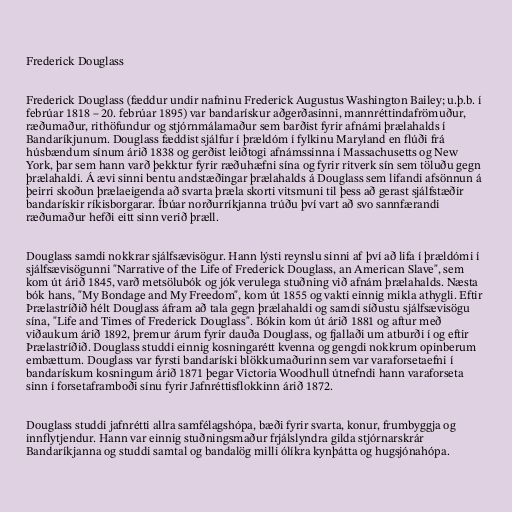
Frederick Douglass

Frederick Douglass (fæddur undir nafninu Frederick Augustus Washington Bailey; u.þ.b. í
febrúar 1818 – 20. febrúar 1895) var bandarískur aðgerðasinni, mannréttindafrömuður,
ræðumaður, rithöfundur og stjórnmálamaður sem barðist fyrir afnámi þrælahalds í
Bandaríkjunum. Douglass fæddist sjálfur í þrældóm í fylkinu Maryland en flúði frá
húsbændum sínum árið 1838 og gerðist leiðtogi afnámssinna í Massachusetts og New
York, þar sem hann varð þekktur fyrir ræðuhæfni sína og fyrir ritverk sín sem töluðu gegn
þrælahaldi. Á ævi sinni bentu andstæðingar þrælahalds á Douglass sem lifandi afsönnun á
þeirri skoðun þrælaeigenda að svarta þræla skorti vitsmuni til þess að gerast sjálfstæðir
bandarískir ríkisborgarar. Íbúar norðurríkjanna trúðu því vart að svo sannfærandi
ræðumaður hefði eitt sinn verið þræll.

Douglass samdi nokkrar sjálfsævisögur. Hann lýsti reynslu sinni af því að lifa í þrældómi í
sjálfsævisögunni "Narrative of the Life of Frederick Douglass, an American Slave", sem
kom út árið 1845, varð metsölubók og jók verulega stuðning við afnám þrælahalds. Næsta
bók hans, "My Bondage and My Freedom", kom út 1855 og vakti einnig mikla athygli. Eftir
Þrælastríðið hélt Douglass áfram að tala gegn þrælahaldi og samdi síðustu sjálfsævisögu
sína, "Life and Times of Frederick Douglass". Bókin kom út árið 1881 og aftur með
viðaukum árið 1892, þremur árum fyrir dauða Douglass, og fjallaði um atburði í og eftir
Þrælastríðið. Douglass studdi einnig kosningarétt kvenna og gengdi nokkrum opinberum
embættum. Douglass var fyrsti bandaríski blökkumaðurinn sem var varaforsetaefni í
bandarískum kosningum árið 1871 þegar Victoria Woodhull útnefndi hann varaforseta
sinn í forsetaframboði sínu fyrir Jafnréttisflokkinn árið 1872.

Douglass studdi jafnrétti allra samfélagshópa, bæði fyrir svarta, konur, frumbyggja og
innflytjendur. Hann var einnig stuðningsmaður frjálslyndra gilda stjórnarskrár
Bandaríkjanna og studdi samtal og bandalög milli ólíkra kynþátta og hugsjónahópa.